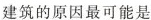
建筑的原因最可能是